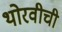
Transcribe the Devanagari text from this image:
थोरवीची